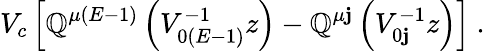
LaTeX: V_{c}\left[\mathbb{Q}^{\mu(E-1)}\left(V_{0(E-1)}^{-1}z\right)-\mathbb{Q}^{\mu\mathbf{j}}\left(V_{0\mathbf{j}}^{-1}z\right)\right]\ .